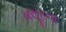
મસૂરના